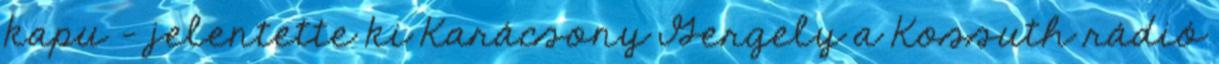
kapu - jelentette ki Karácsony Gergely a Kossuth rádió